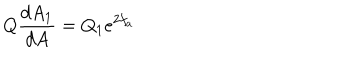
Q \frac { d A _ { 1 } } { d A } = Q _ { 1 } e ^ { 2 f _ { a } }